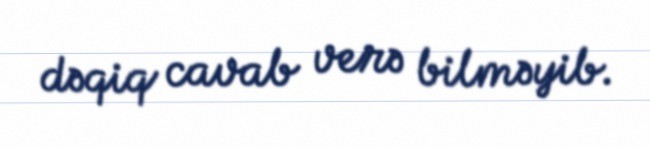
dəqiq cavab verə bilməyib.